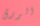
الورق